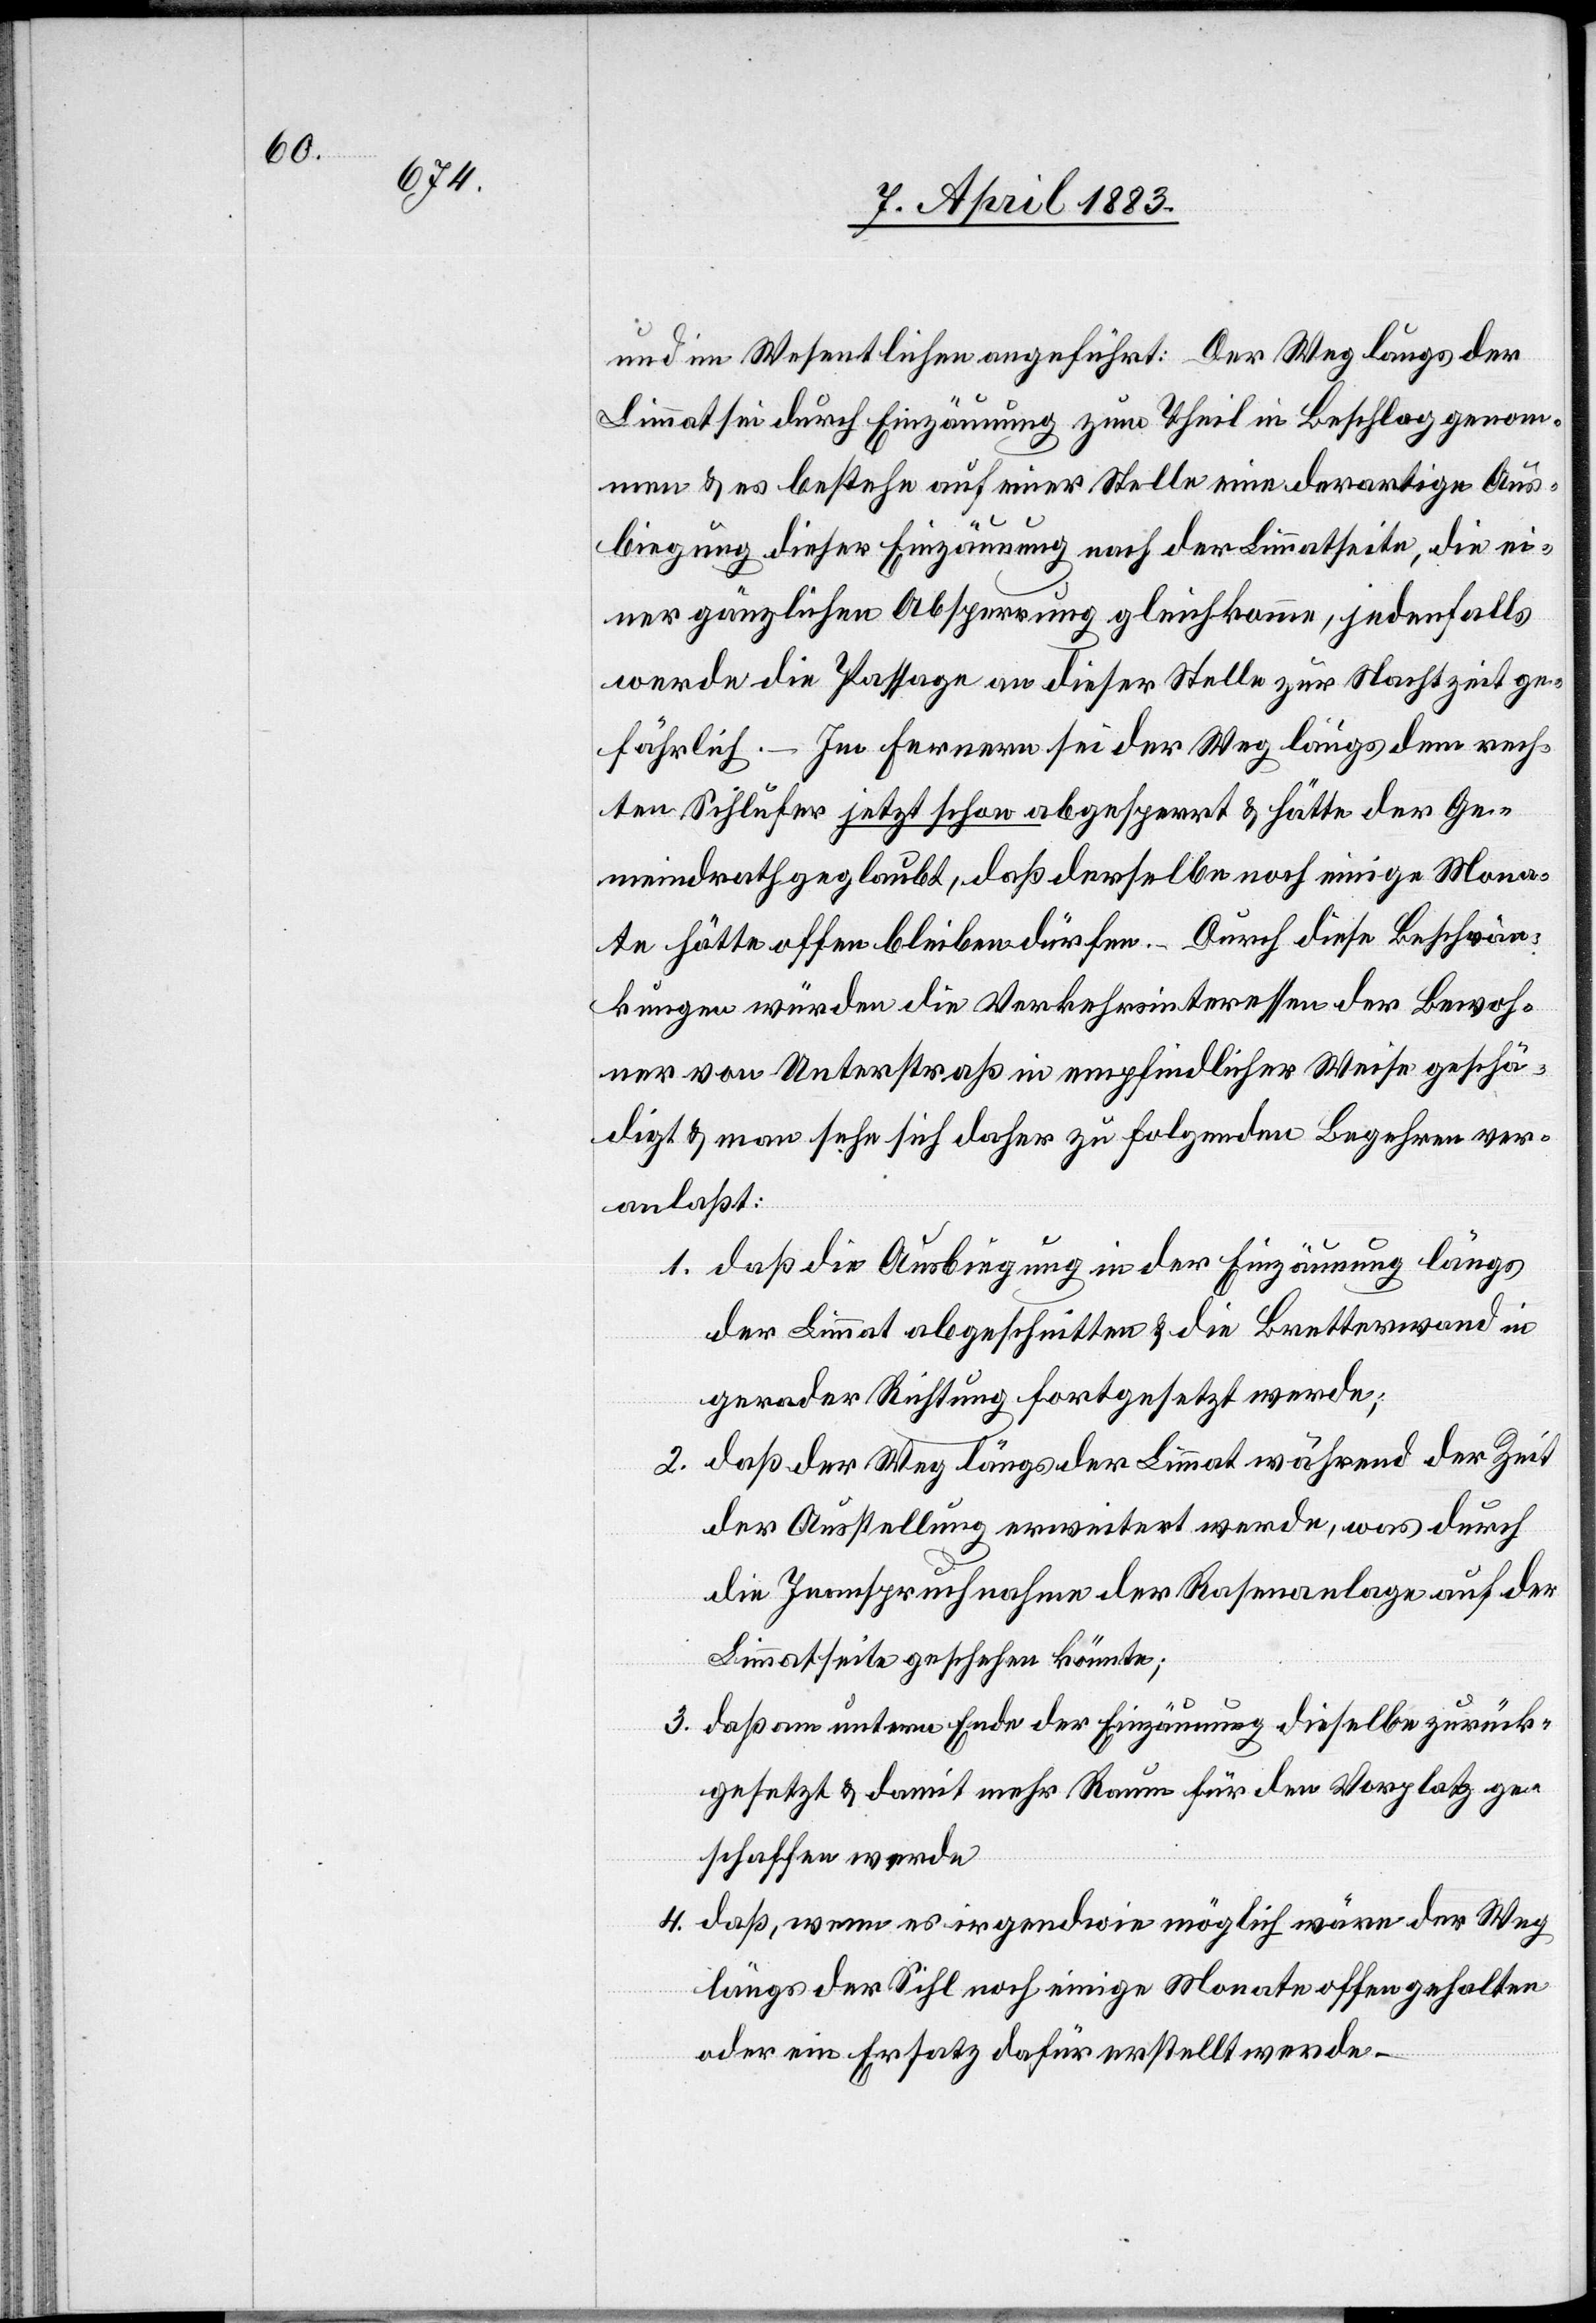
und im Wesentlichen angeführt: Der Weg längs der
Limmat sei durch Einzäunung zum Theil in Beschlag genom¬
men & es bestehe auf einer Stelle eine derartige Aus¬
biegung dieser Einzäunung nach der Limmatseite, die ei¬
ner gänzlichen Absperrung gleichkomme, jedenfalls
werde die Passage an dieser Stelle zur Nachtzeit ge¬
fährlich. – Im Ferneren sei der Weg längs dem rech¬
ten Sihlufer jetzt schon abgesperrt & hätte der Ge¬
meindrath geglaubt, daß derselbe noch einige Mona¬
te hätte offen bleiben dürfen. Durch diese Beschrän¬
kungen würden die Verkehrsinteressen der Bewoh¬
ner von Unterstraß in empfindlicher Weise geschä¬
digt & man sehe sich daher zu folgenden Begehren ver¬
anlaßt:
1. daß die Ausbiegung in der Einzäunung längs
der Limmat abgeschnitten & die Bretterwand in
gerader Richtung fortgesetzt werde;
2. daß der Weg längs der Limmat während der Zeit
der Ausstellung erweitert werde, was durch
die Inanspruchnahme der Rasenanlage auf der
Limmatseite geschehen könnte;
3. daß am untern Ende der Einzäunung dieselbe zurück¬
gesetzt & damit mehr Raum für den Vorplatz ge¬
schaffen werde;
4. daß, wenn es irgendwie möglich wäre der Weg
längs der Sihl noch einige Monate offen gehalten
oder ein Ersatz dafür erstellt werde.